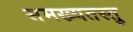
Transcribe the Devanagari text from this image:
समख्यतस्तु